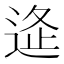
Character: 𨓧